Civil Veterinary Department Bengal reports 1933-51 - 1933-1951
Year: 1933
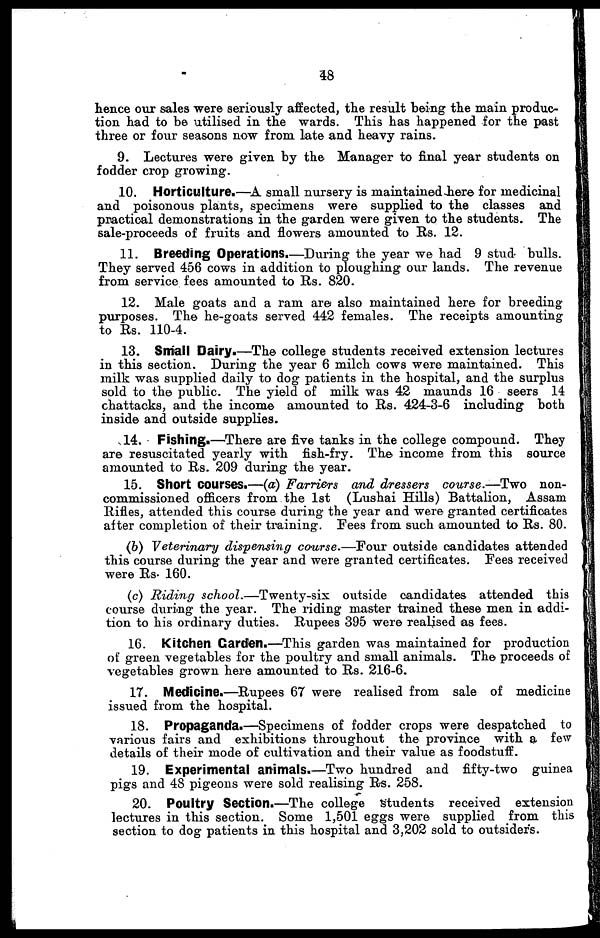
48
hence our sales were seriously affected, the result being the main produc-
tion had to be utilised in the wards. This has happened for the past
three or four seasons now from late and heavy rains.
9. Lectures were given by the Manager to final year students on
fodder crop growing.
10. Horticulture.—A small nursery is maintained here for medicinal
and poisonous plants, specimens were supplied to the classes and
practical demonstrations in the garden were given to the students. The
sale-proceeds of fruits and flowers amounted to Rs. 12.
11. Breeding Operations.—During the year we had 9 stud bulls.
They served 456 cows in addition to ploughing our lands. The revenue
from service fees amounted to Rs. 820.
12. Male goats and a ram are also maintained here for breeding
purposes. The he-goats served 442 females. The receipts amounting
to Rs. 110-4.
13. Small Dairy.—The college students received extension lectures
in this section. During the year 6 milch cows were maintained. This
milk was supplied daily to dog patients in the hospital, and the surplus
sold to the public. The yield of milk was 42 maunds 16 seers 14
chattacks, and the income amounted to Rs. 424-3-6 including both
inside and outside supplies.
14. Fishing.—There are five tanks in the college compound. They
are resuscitated yearly with fish-fry. The income from this source
amounted to Rs. 209 during the year.
15. Short courses.—(a) Farriers
and dressers course.—Two
non-
commissioned officers from the 1st (Lushai Hills) Battalion, Assam
Rifles, attended this course during the year and were granted certificates
after completion of their training. Fees from such amounted to Rs. 80.
(6) Veterinary dispensing course.—Four outside candidates attended
this course during the year and were granted certificates. Fees received
were Rs. 160.
(c) Riding school.—Twenty-six
outside candidates attended this
course during the year. The riding master trained these men in addi-
tion to his ordinary duties. Rupees 395 were realised as fees.
16. Kitchen Garden.—This garden was maintained for production
of green vegetables for the poultry and small animals. The proceeds of
vegetables grown here amounted to Rs. 216-6.
17. Medicine.—Rupees 67 were realised from sale of medicine
issued from the hospital.
18. Propaganda.—Specimens of fodder crops were despatched to
various fairs and exhibitions throughout the province with a few
details of their mode of cultivation and their value as foodstuff.
19. Experimental animals.—Two hundred and fifty-two guinea
pigs and 48 pigeons were sold realising Rs. 258.
20. Poultry Section.—The college Students received extension
lectures in this section. Some 1,501 eggs were supplied from this
section to dog patients in this hospital and 3,202 sold to outsider's.